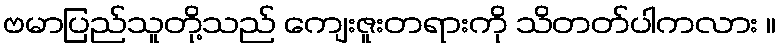
ဗမာပြည်သူတို့သည် ကျေးဇူးတရားကို သိတတ်ပါကလား ။